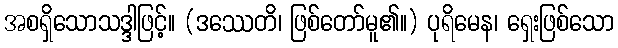
အစရှိသောသဒ္ဒါဖြင့်။ (ဒဿေတိ၊ ဖြစ်တော်မူ၏။) ပုရိမေန၊ ရှေးဖြစ်သော